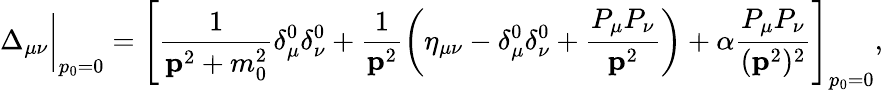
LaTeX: \Delta_{\mu\nu}\bigg|_{p_{0}=0}=\left[\frac 1{{\mathbf p}^{2}+m_{0}^{2}}\delta_{\mu}^{0}\delta_{\nu}^{0}+\frac 1{{\mathbf p}^{2}}\left(\eta_{\mu\nu}-\delta_{\mu}^{0}\delta_{\nu}^{0}+\frac{P_{\mu}P_{\nu}}{{\mathbf p}^{2}}\right)+\alpha\frac{P_{\mu}P_{\nu}}{({\mathbf p}^{2})^{2}}\right]_{p_{0}=0},